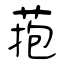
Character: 菢